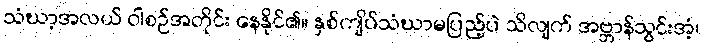
သံဃာ့အလယ် ဝါစဉ်အတိုင်း နေနိုင်၏။ နှစ်ကျိပ်သံဃာမပြည့်ပဲ သိလျက် အဗ္ဘာန်သွင်းအံ့၊